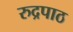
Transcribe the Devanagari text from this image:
रुद्रपाठ